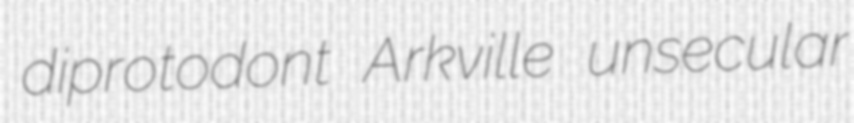
diprotodont Arkville unsecular